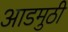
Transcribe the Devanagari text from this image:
आडमुठी